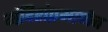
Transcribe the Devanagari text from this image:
मंदिरांप्रमाणेच